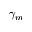
\gamma _ { m }